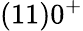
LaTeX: (11)0^{+}